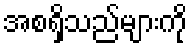
အစရှိသည်များကို